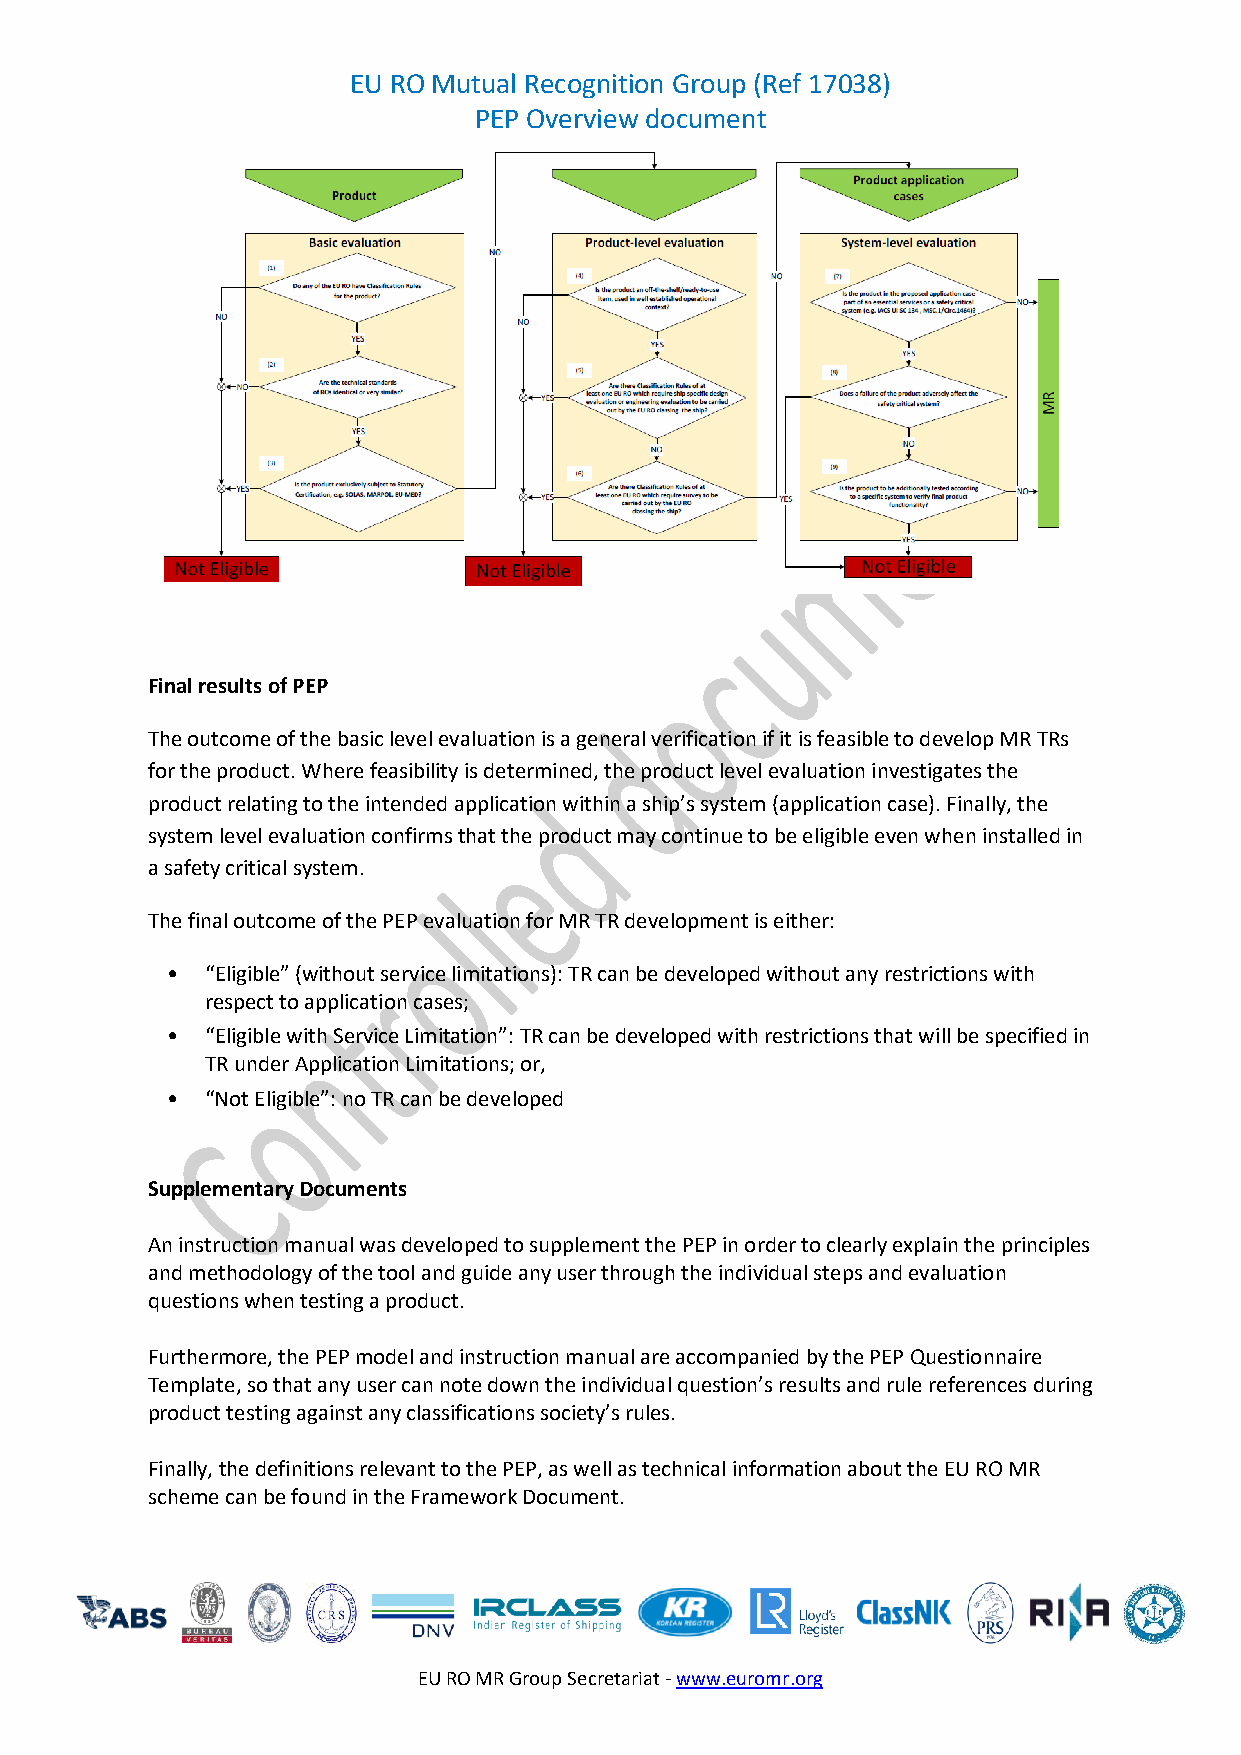
EU RO Mutual Recognition Group (Ref 17038)
 PEP Overview document
 Final results of PEP
 The outcome of the basic level evaluation is a general verification if it is feasible to develop MR TRs
 for the product. Where feasibility is determined, the product level evaluation investigates the
 product relating to the intended application within a ship’s system (application case). Finally, the
 system level evaluation confirms that the product may continue to be eligible even when installed in
 a safety critical system.
 The final outcome of the PEP evaluation for MR TR development is either:
 •  “Eligible” (without service limitations): TR can be developed without any restrictions with
 respect to application cases;
 •  “Eligible with Service Limitation”: TR can be developed with restrictions that will be specified in
 TR under Application Limitations; or,
 •  “Not Eligible”: no TR can be developed
 Supplementary Documents
 An instruction manual was developed to supplement the PEP in order to clearly explain the principles
 and methodology of the tool and guide any user through the individual steps and evaluation
 questions when testing a product.
 Furthermore, the PEP model and instruction manual are accompanied by the PEP Questionnaire
 Template, so that any user can note down the individual question’s results and rule references during
 product testing against any classifications society’s rules.
 Finally, the definitions relevant to the PEP, as well as technical information about the EU RO MR
 scheme can be found in the Framework Document.
 EU RO MR Group Secretariat - www.euromr.org